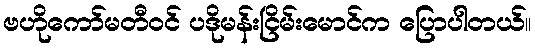
ဗဟိုကော်မတီဝင် ပဒိုမန်းငြိမ်းမောင်က ပြောပါတယ်။